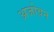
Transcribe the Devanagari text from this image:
अजोवन